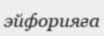
эйфорияға